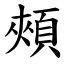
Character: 頰